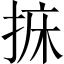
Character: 𢭩